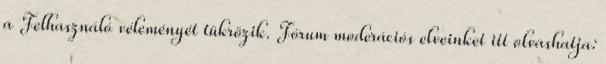
a Felhasználó véleményét tükrözik. Fórum moderációs elveinket itt olvashatja: